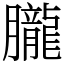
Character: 朧